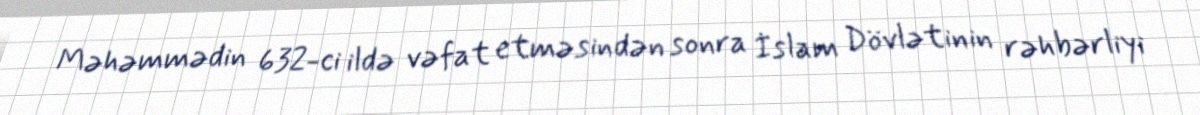
Məhəmmədin 632-ci ildə vəfat etməsindən sonra İslam Dövlətinin rəhbərliyi